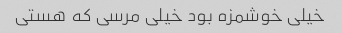
خیلی خوشمزه بود خیلی مرسی که هستی